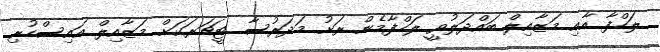
ލަހްފާ އާއި މަޒާއިލް ބައްދަލުވީ ލަހްފާމެން ރަށު މަދަރުސާ ޓީޗަރަކަށް މަޒާއިލް އައިސްހުރި